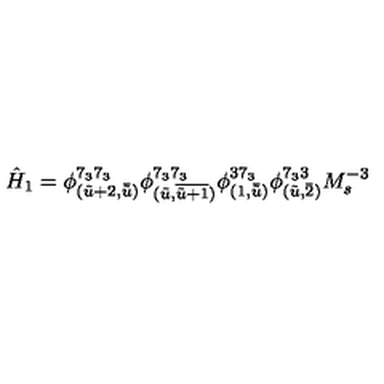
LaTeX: \hat { H } _ { 1 } = \phi _ { ( \tilde { u } + 2 , \bar { \tilde { u } } ) } ^ { 7 _ { 3 } 7 _ { 3 } } \phi _ { ( \tilde { u } , \overline { { \tilde { u } + 1 } } ) } ^ { 7 _ { 3 } 7 _ { 3 } } \phi _ { ( 1 , \bar { \tilde { u } } ) } ^ { 3 7 _ { 3 } } \phi _ { ( \tilde { u } , \bar { 2 } ) } ^ { 7 _ { 3 } 3 } M _ { s } ^ { - 3 }